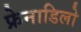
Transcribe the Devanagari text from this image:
फ्रेनाडिलो